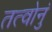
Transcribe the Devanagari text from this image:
तत्वोनुं